65_HS1-834228961_62-HQ-83894_Section_1
Agency: FBI
Page 166
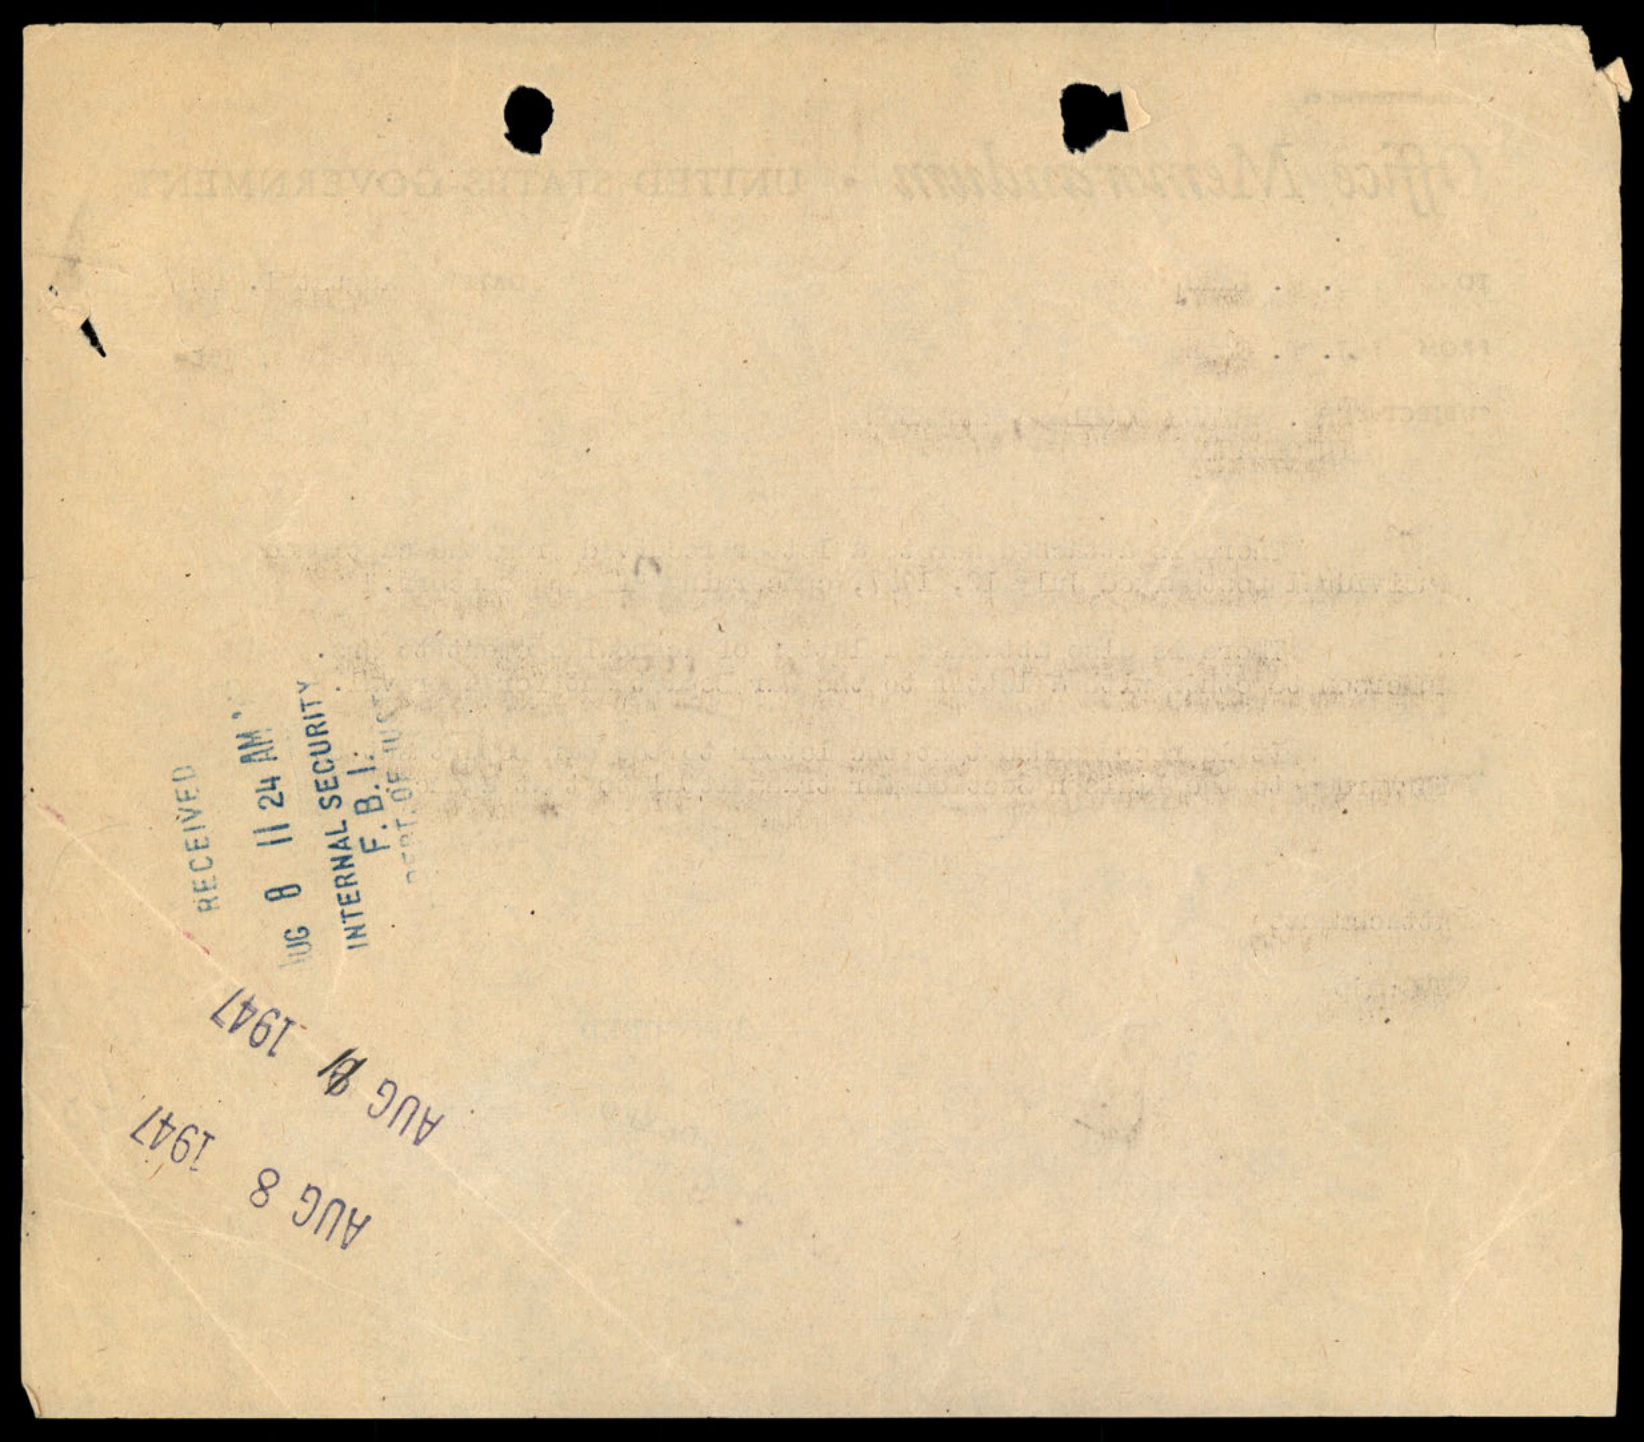